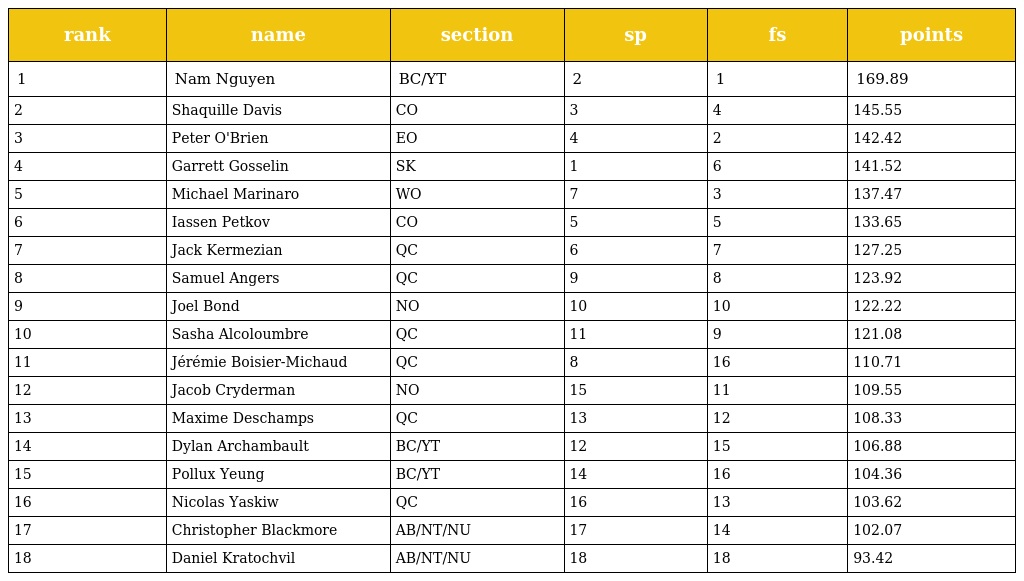
| rank | name | section | sp | fs | points |
 | --- | --- | --- | --- | --- | --- |
 | 1 | Nam Nguyen | BC/YT | 2 | 1 | 169.89 |
 | 2 | Shaquille Davis | CO | 3 | 4 | 145.55 |
 | 3 | Peter O'Brien | EO | 4 | 2 | 142.42 |
 | 4 | Garrett Gosselin | SK | 1 | 6 | 141.52 |
 | 5 | Michael Marinaro | WO | 7 | 3 | 137.47 |
 | 6 | Iassen Petkov | CO | 5 | 5 | 133.65 |
 | 7 | Jack Kermezian | QC | 6 | 7 | 127.25 |
 | 8 | Samuel Angers | QC | 9 | 8 | 123.92 |
 | 9 | Joel Bond | NO | 10 | 10 | 122.22 |
 | 10 | Sasha Alcoloumbre | QC | 11 | 9 | 121.08 |
 | 11 | Jérémie Boisier-Michaud | QC | 8 | 16 | 110.71 |
 | 12 | Jacob Cryderman | NO | 15 | 11 | 109.55 |
 | 13 | Maxime Deschamps | QC | 13 | 12 | 108.33 |
 | 14 | Dylan Archambault | BC/YT | 12 | 15 | 106.88 |
 | 15 | Pollux Yeung | BC/YT | 14 | 16 | 104.36 |
 | 16 | Nicolas Yaskiw | QC | 16 | 13 | 103.62 |
 | 17 | Christopher Blackmore | AB/NT/NU | 17 | 14 | 102.07 |
 | 18 | Daniel Kratochvil | AB/NT/NU | 18 | 18 | 93.42 |